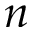
n